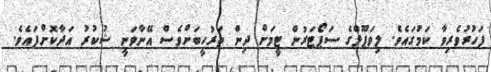
ފަހުރުވެރިވާ ކަމުގައެވެ. ލިވަޕޫލްގެ ސަޕޯޓަރުން ޓީމަށް ދިން ތަރުހީބަށްވެސް އޭނާވަނީ ޝުކުރު އަދާކޮށްފައެވެ.